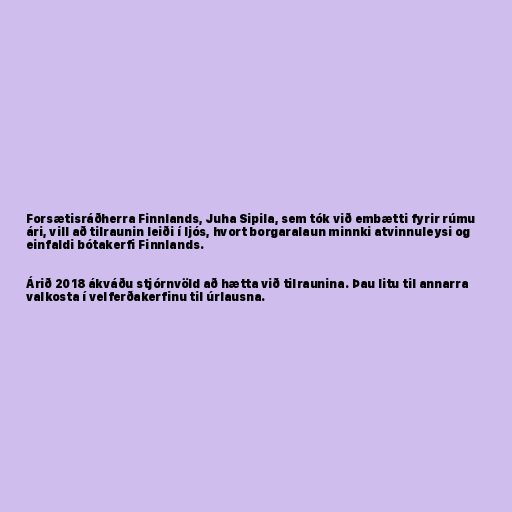
Forsætisráðherra Finnlands, Juha Sipila, sem tók við embætti fyrir rúmu
ári, vill að tilraunin leiði í ljós, hvort borgaralaun minnki atvinnuleysi og
einfaldi bótakerfi Finnlands.

Árið 2018 ákváðu stjórnvöld að hætta við tilraunina. Þau litu til annarra
valkosta í velferðakerfinu til úrlausna.